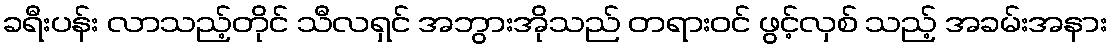
ခရီးပန်း လာသည့်တိုင် သီလရှင် အဘွားအိုသည် တရားဝင် ဖွင့်လှစ် သည့် အခမ်းအနား